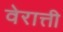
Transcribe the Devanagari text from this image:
वेरात्ती